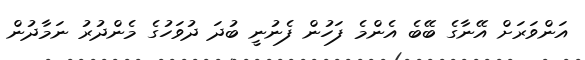
އަންވަރަށް އޭނާގެ ބޭބެ އެންމެ ފަހުން ފެނުނީ ބުދަ ދުވަހުގެ މެންދުރު ނަމާދުން